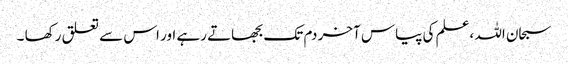
سبحان اللہ ،علم کی پیاس آخر دم تک بجھاتے رہے اور اس سے تعلق رکھا ۔